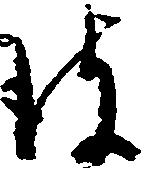
彼